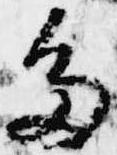
多